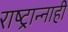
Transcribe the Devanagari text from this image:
राष्ट्रान्नाही